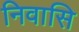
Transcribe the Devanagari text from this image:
निवासि